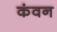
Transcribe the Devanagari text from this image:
कंवन